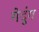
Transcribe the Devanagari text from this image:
गेदुंग